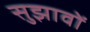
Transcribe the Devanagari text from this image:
सुझावोें